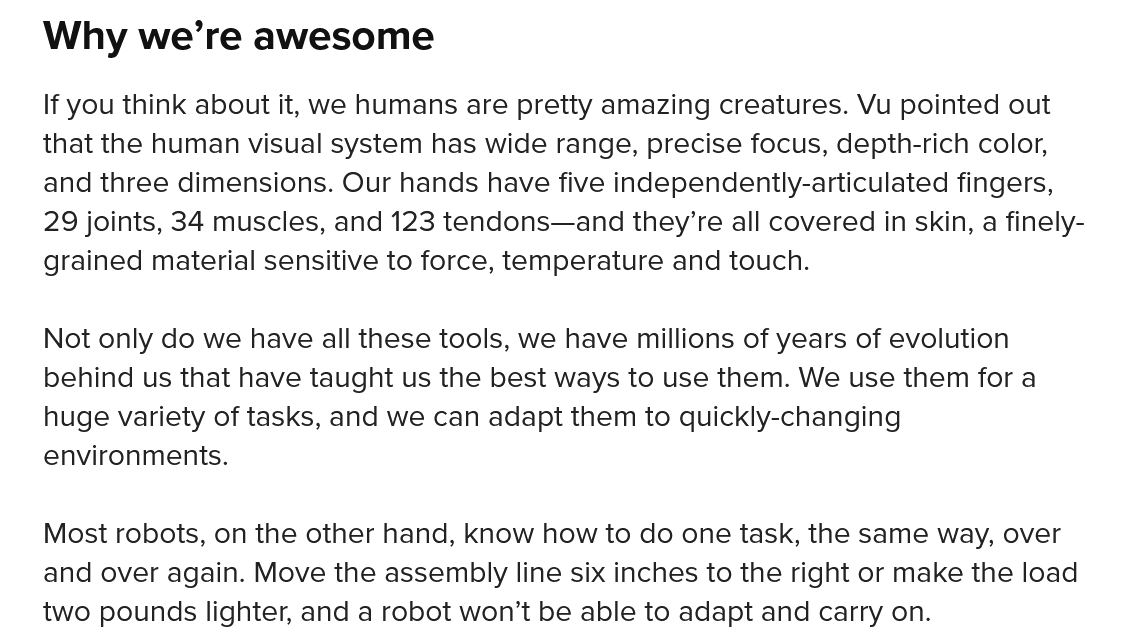
If you think about it, we humans are pretty amazing creatures. Vu pointed out
   that the human visual system has wide range, precise focus, depth-rich color,
   and three dimensions. Our hands have five independently-articulated fingers,
   29 joints, 34 muscles, and 123 tendons—and they’re all covered in skin, a finely-
   grained material sensitive to force, temperature and touch.
   Not only do we have all these tools, we have millions of years of evolution
   behind us that have taught us the best ways to use them. We use them for a
   huge variety of tasks, and we can adapt them to quickly-changing
   environments.
   Most robots, on the other hand, know how to do one task, the same way, over
   and over again. Move the assembly line six inches to the right or make the load
   two pounds lighter, and a robot won’t be able to adapt and carry on.
   Why    we’re  awesome